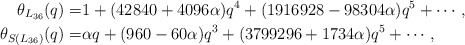
\begin{align*}\theta_{L_{36}}(q) =&1 + (42840 + 4096 \alpha)q^4 +(1916928 - 98304 \alpha)q^5+ \cdots,\\\theta_{S(L_{36})}(q) =&\alpha q + (960 - 60 \alpha) q^3 + (3799296 + 1734 \alpha)q^5+ \cdots,\end{align*}